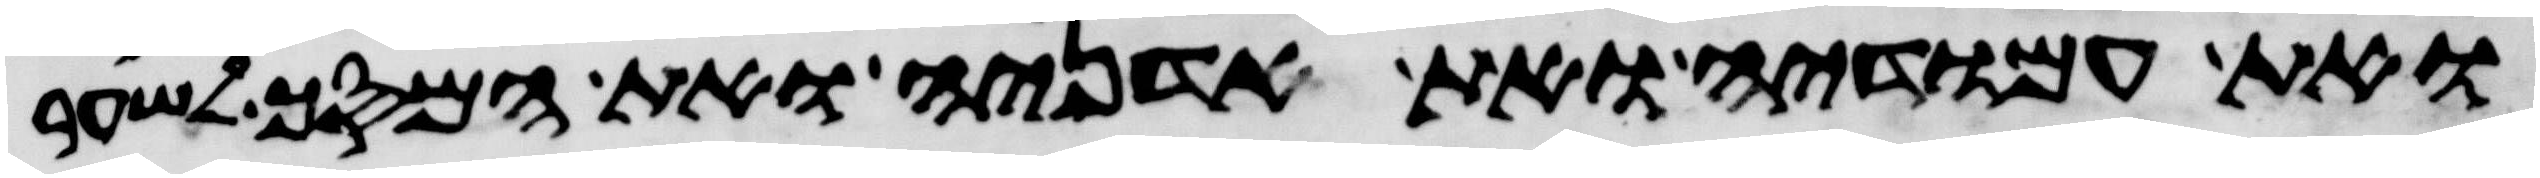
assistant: ואת עמודיה ואת אדניה ואת המסך לשער